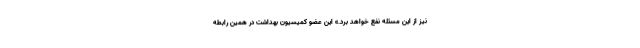
نیز از این مسئله نفع خواهد برد.» این عضو کمیسیون بهداشت در همین رابطه